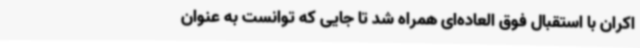
اکران با استقبال فوق العاده‌ای همراه شد تا جایی که توانست به عنوان